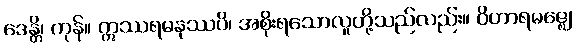
ဒေန္တိ၊ ကုန်။ ဣဿရမနုဿပိ၊ အစိုးရသောလူတို့သည်လည်း။ ဝိဟာရမဇ္ဈေ၊